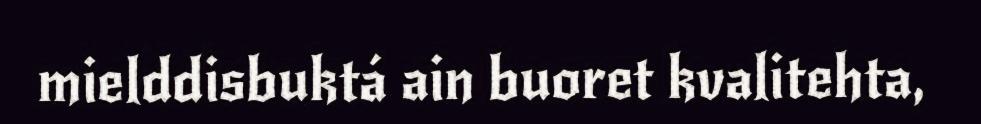
mielddisbuktá ain buoret kvalitehta,